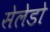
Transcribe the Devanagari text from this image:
सेलेडो